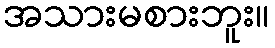
အသားမစားဘူး။